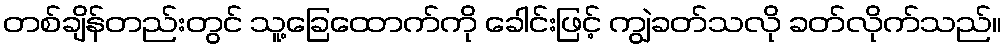
တစ်ချိန်တည်းတွင် သူ့ခြေထောက်ကို ခေါင်းဖြင့် ကျွဲခတ်သလို ခတ်လိုက်သည်။